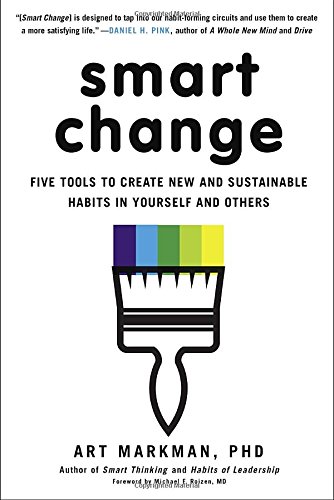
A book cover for Smart Change: Five Tools to Create New and Sustainable Habits in Yourself and Others; Art Markman  PhD; Science & Math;